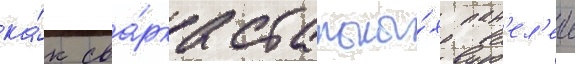
ка́к сва́рка стальны́х пан'ел'еи